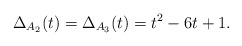
\begin{align*}\Delta_{A_2}(t)=\Delta_{A_3}(t)=t^2-6t+1.\end{align*}